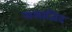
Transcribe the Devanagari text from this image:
मसाजिद